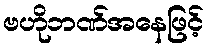
ဗဟိုဘဏ်အနေဖြင့်